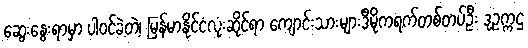
ဆွေးနွေးရာမှာ ပါဝင်ခဲ့တဲ့၊ မြန်မာနိုင်ငံလုံးဆိုင်ရာ ကျောင်းသားများဒီမိုကရက်တစ်တပ်ဦး ဒုဥက္ကဌ